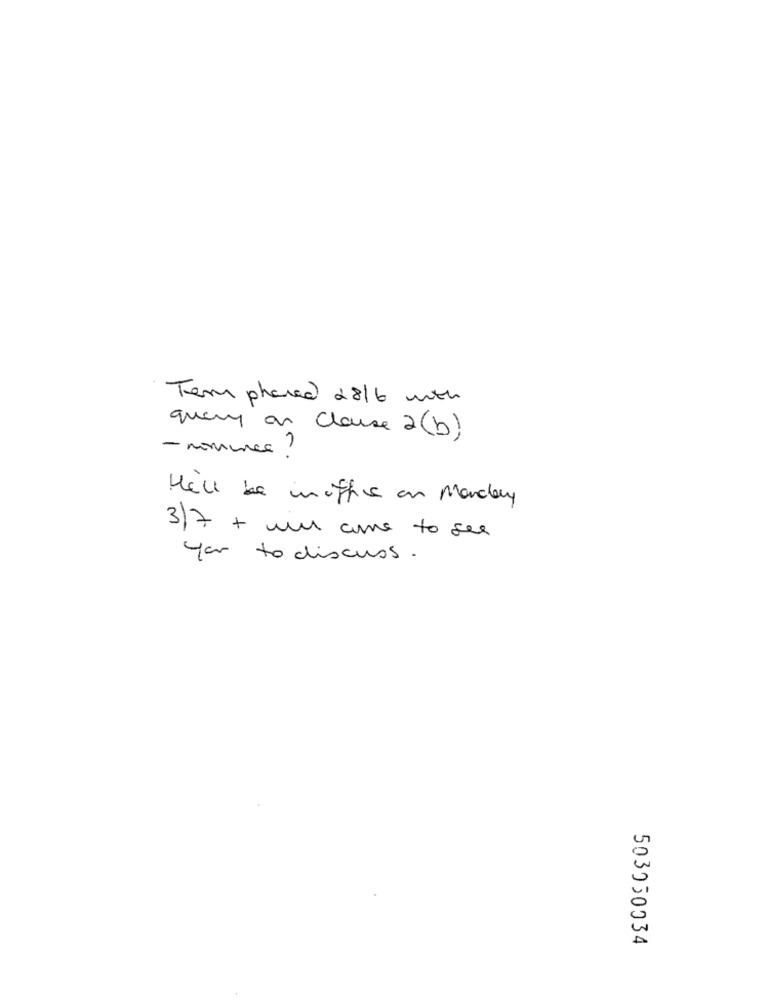
Tem phared 2816 with
query an Clause 2 (b)
He'll be miffs on Monday
3)7 + will come to see
yor to discuss.
503050034